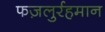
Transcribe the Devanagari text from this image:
फज़लुर्रहमान